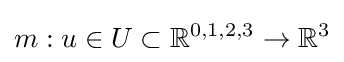
m:u\in U\subset {\mathbb {R} }^{0,1,2,3}\rightarrow {\mathbb {R} }^{3}